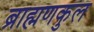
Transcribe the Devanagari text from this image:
ब्राह्मणकुल